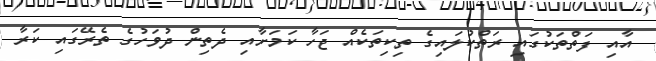
އާއި ފަތްތަކުގައި ރަތްކުލައިގެ ތިކިތަކެއް ޖަހާ ކަމަށާއި ދެތިން ދުވަހުގެ ތެރޭގައި ކަރާ